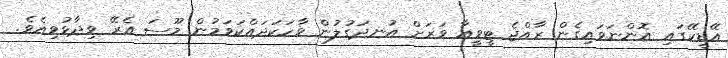
އޭޑީކޭގައި އޮންނަވައިގެން ރާއްޖެ ޓީވީއާ ވަރަށް އުނދަގުލުން ވާހަކަދައްކަވަމުން މޫސަ އެރޭ ވިދާޅުވިއެވެ.